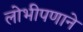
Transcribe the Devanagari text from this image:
लोभीपणाने